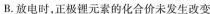
B. 放电时，正极锂元素的化合价未发生改变